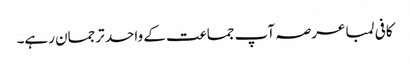
کافی لمبا عرصہ آپ جماعت کے واحد ترجمان رہے۔